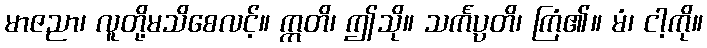
မာဇညာ၊ လူတို့မသိစေလင့်။ ဣတိ၊ ဤသို။ သင်္ကပ္ပတိ၊ ကြံ၏။ မံ၊ ငါ့ကို။